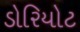
ડોરિયોટ